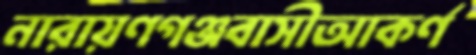
নারায়ণগঞ্জবাসীআকর্ণ